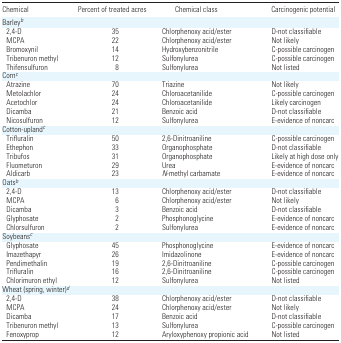
<table><thead><tr><td><b>Chemical</b></td><td><b>Percent of treated acres</b></td><td><b>Chemical class</b></td><td><b>Carcinogenic potential</b></td></tr></thead><tbody><tr><td colspan="4">Barleyb</td></tr><tr><td> 2,4-D</td><td>35</td><td>Chlorphenoxy acid/ester</td><td>D-not classifiable</td></tr><tr><td> MCPA</td><td>22</td><td>Chlorphenoxy acid/ester</td><td>Not likely</td></tr><tr><td> Bromoxynil</td><td>14</td><td>Hydroxybenzonitrile</td><td>C-possible carcinogen</td></tr><tr><td> Tribenuron methyl</td><td>12</td><td>Sulfonylurea</td><td>C-possible carcinogen</td></tr><tr><td> Thifensulfuron</td><td>8</td><td>Sulfonylurea</td><td>Not listed</td></tr><tr><td colspan="4">Cornc</td></tr><tr><td> Atrazine</td><td>70</td><td>Triazine</td><td>Not likely</td></tr><tr><td> Metolachlor</td><td>24</td><td>Chloroacetanilide</td><td>C-possible carcinogen</td></tr><tr><td> Acetochlor</td><td>24</td><td>Chloroacetanilide</td><td>Likely carcinogen</td></tr><tr><td> Dicamba</td><td>21</td><td>Benzoic acid</td><td>D-not classifiable</td></tr><tr><td> Nicosulfuron</td><td>12</td><td>Sulfonylurea</td><td>E-evidence of noncarc</td></tr><tr><td colspan="4">Cotton-uplandc</td></tr><tr><td> Trifluralin</td><td>50</td><td>2,6-Dinitroaniline</td><td>C-possible carcinogen</td></tr><tr><td> Ethephon</td><td>33</td><td>Organophosphate</td><td>D-not classifiable</td></tr><tr><td> Tribufos</td><td>31</td><td>Organophosphate</td><td>Likely at high dose only</td></tr><tr><td> Fluometuron</td><td>29</td><td>Urea</td><td>E-evidence of noncarc</td></tr><tr><td> Aldicarb</td><td>23</td><td><i>N</i>-methyl carbamate</td><td>E-evidence of noncarc</td></tr><tr><td colspan="4">Oatsb</td></tr><tr><td> 2,4-D</td><td>13</td><td>Chlorphenoxy acid/ester</td><td>D-not classifiable</td></tr><tr><td> MCPA</td><td>6</td><td>Chlorphenoxy acid/ester</td><td>Not likely</td></tr><tr><td> Dicamba</td><td>3</td><td>Benzoic acid</td><td>D-not classifiable</td></tr><tr><td> Glyphosate</td><td>2</td><td>Phosphonoglycine</td><td>E-evidence of noncarc</td></tr><tr><td> Chlorsulfuron</td><td>2</td><td>Sulfonylurea</td><td>E-evidence of noncarc</td></tr><tr><td colspan="4">Soybeansc</td></tr><tr><td> Glyphosate</td><td>45</td><td>Phosphonoglycine</td><td>E-evidence of noncarc</td></tr><tr><td> Imazethapyr</td><td>26</td><td>Imidazolinone</td><td>E-evidence of noncarc</td></tr><tr><td> Pendimethalin</td><td>19</td><td>2,6-Dinitroaniline</td><td>C-possible carcinogen</td></tr><tr><td> Trifluralin</td><td>16</td><td>2,6-Dinitroaniline</td><td>C-possible carcinogen</td></tr><tr><td> Chlorimuron ethyl</td><td>12</td><td>Sulfonylurea</td><td>Not listed</td></tr><tr><td colspan="4">Wheat (spring, winter)d</td></tr><tr><td> 2,4-D</td><td>38</td><td>Chlorphenoxy acid/ester</td><td>D-not classifiable</td></tr><tr><td> MCPA</td><td>24</td><td>Chlorphenoxy acid/ester</td><td>Not likely</td></tr><tr><td> Dicamba</td><td>17</td><td>Benzoic acid</td><td>D-not classifiable</td></tr><tr><td> Tribenuron methyl</td><td>13</td><td>Sulfonylurea</td><td>C-possible carcinogen</td></tr><tr><td> Fenoxyprop</td><td>12</td><td>Aryloxyphenoxy propionic acid</td><td>Not listed</td></tr></tbody></table>